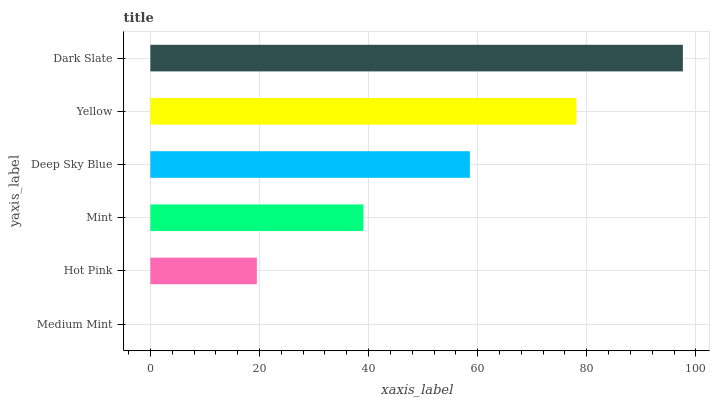
| yaxis_label | bars |
 | --- | --- |
 | Medium Mint | 0 |
 | Hot Pink | 19.5 |
 | Mint | 39 |
 | Deep Sky Blue | 58.6 |
 | Yellow | 78.1 |
 | Dark Slate | 97.6 |